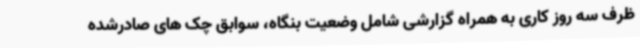
ظرف سه روز کاری به همراه گزارشی شامل وضعیت بنگاه، سوابق چک های صادرشده